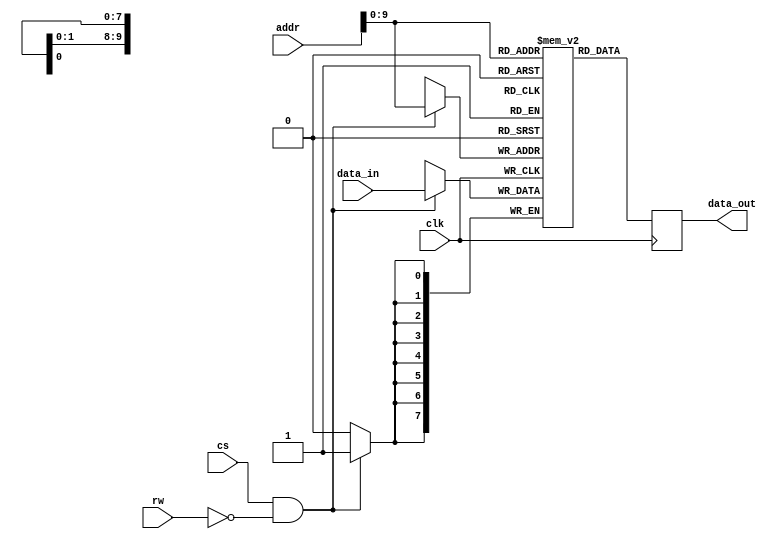
//============================================================================
//  AIM65 replica
// 
//  Port to MiSTer
//  Copyright (C) 2023 Fil shinymetal6@gmail.com
//
//  This program is free software; you can redistribute it and/or modify it
//  under the terms of the GNU General Public License as published by the Free
//  Software Foundation; either version 2 of the License, or (at your option)
//  any later version.
//
//  This program is distributed in the hope that it will be useful, but WITHOUT
//  ANY WARRANTY; without even the implied warranty of MERCHANTABILITY or
//  FITNESS FOR A PARTICULAR PURPOSE.  See the GNU General Public License for
//  more details.
//
//  You should have received a copy of the GNU General Public License along
//  with this program; if not, write to the Free Software Foundation, Inc.,
//  51 Franklin Street, Fifth Floor, Boston, MA 02110-1301 USA.
//============================================================================

module ram #(parameter
    ADDR_WIDTH = 16,
    DATA_WIDTH = 8,
    DEPTH = 1024)
(
    input wire clk,
    input wire cs,
    input wire [ADDR_WIDTH-1:0] addr, 
    input wire rw,
    input wire [DATA_WIDTH-1:0] data_in,
    output reg [DATA_WIDTH-1:0] data_out 
);

reg [DATA_WIDTH-1:0] memory_array [0:DEPTH-1]; 

always @(posedge clk) 
begin
    if (cs & ~rw )
        memory_array[addr] <= data_in;
    data_out <= memory_array[addr];
end		

// Initialization (if available) 
// synopsys translate_off 
integer i;
initial
begin
	
	for (i = 0; i < DEPTH; i = i + 1) 
	    memory_array[i] <= 8'hff;
end	
// synopsys translate_on    
endmodule